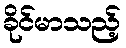
ခိုင်မာသည့်